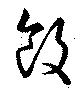
飯